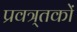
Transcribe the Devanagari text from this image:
प्रवत्र्तकों